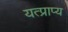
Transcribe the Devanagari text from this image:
यत्प्राप्य